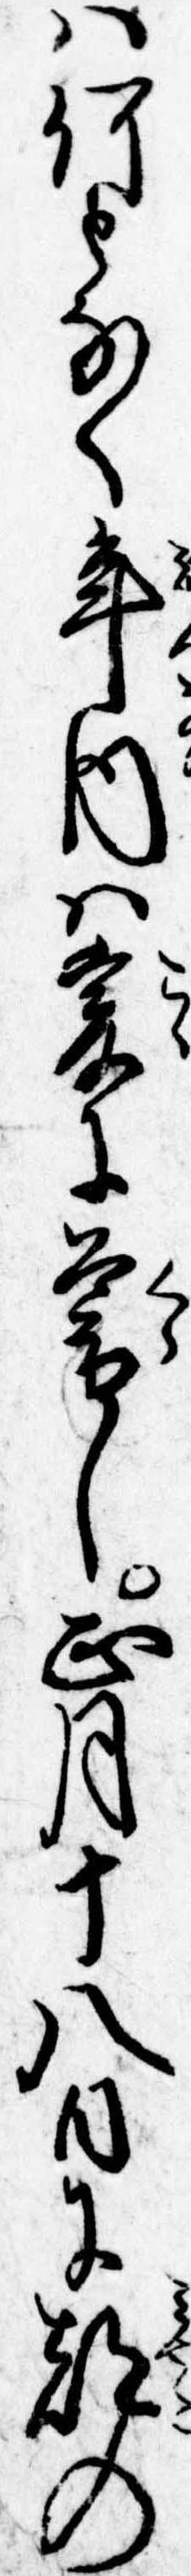
は何となく年内は爰に暮し正月十八日に都の